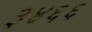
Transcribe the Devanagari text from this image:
३४६६